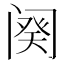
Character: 阕